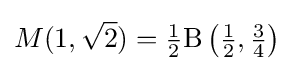
M(1,{\sqrt {2}})={\tfrac {1}{2}}\mathrm {B} \left({\tfrac {1}{2}},{\tfrac {3}{4}}\right)